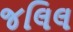
જલિલ